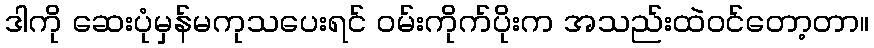
ဒါကို ဆေးပုံမှန်မကုသပေးရင် ဝမ်းကိုက်ပိုးက အသည်းထဲဝင်တော့တာ။